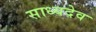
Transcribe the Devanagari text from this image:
साध्यदेव